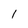
Character: 1